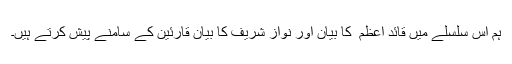
ہم اس سلسلے میں قائد اعظم ؒ کا بیان اور نواز شریف کا بیان قارئین کے سامنے پیش کرتے ہیں۔